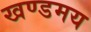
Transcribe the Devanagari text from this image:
खण्डमय